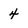
Character: 4